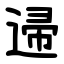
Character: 䢜